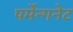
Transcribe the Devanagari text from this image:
पर्मेन्गनेट